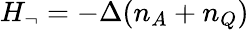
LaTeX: \begin{array}{r}{H_{\neg}=-\Delta(n_{A}+n_{Q})}\end{array}